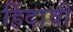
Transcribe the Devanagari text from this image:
हिंदावी